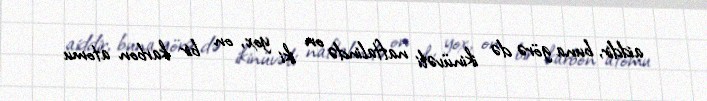
aiddir, buna görə də ikinüvəli naftalində on iki yox, on bir karbon atomu